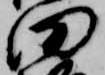
田